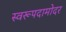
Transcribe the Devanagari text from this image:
स्वरूपदामोदर